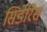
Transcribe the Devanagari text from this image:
सिडेरिस